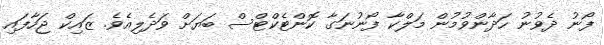
ފޯނު ދެވުނު ހަދާންވުމުން މަލްކާ ފޯނުނަގާ ކޮންޓެކްޓްސް ބަޔަށް ވަދެލިއެވެ. ޒައިކް ޖަހާފައި